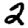
Digit: 2